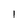
Character: 1